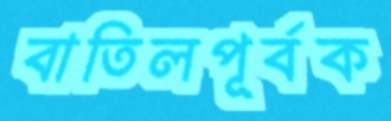
বাতিলপূর্বক